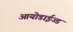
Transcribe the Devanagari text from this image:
आयोडाईज्ड